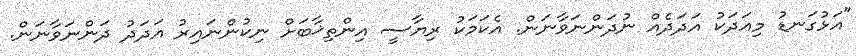
"އަޅުގަނޑު މިއަދަކު އަދަދެއް ނުދަންނަވާނަން. އެކަމަކު ރިޔާސީ އިންތިޚާބަށް ނިކުންނައިރު އަދަދު ދަންނަވާނަން.